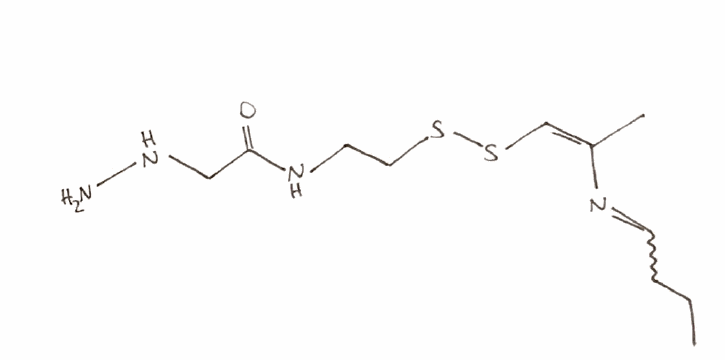
Simplified molecular-input line-entry system (SMILES) notation of the given molecule:
CCCC=N/C(=C\SSCCNC(=O)CNN)/C